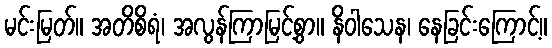
မင်းမြတ်။ အတိစိရံ၊ အလွန်ကြာမြင့်စွာ။ နိဝါသေန၊ နေခြင်းကြောင့်။